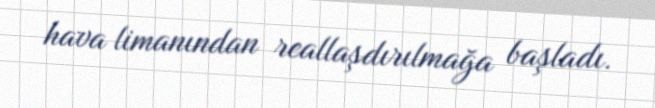
hava limanından reallaşdırılmağa başladı.